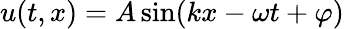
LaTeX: u(t,x)=A\sin(kx-\omega t+\varphi)